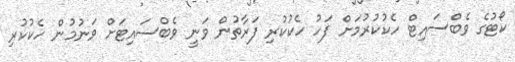
ކޯޓުގެ ވެބްސައިޓް ހެކުކުރުމަށް ފަހު ހެކުކުރި ފަރާތުން ވަނީ ވެބްސައިޓަށް ވަނުމުން ހެކުކުރި